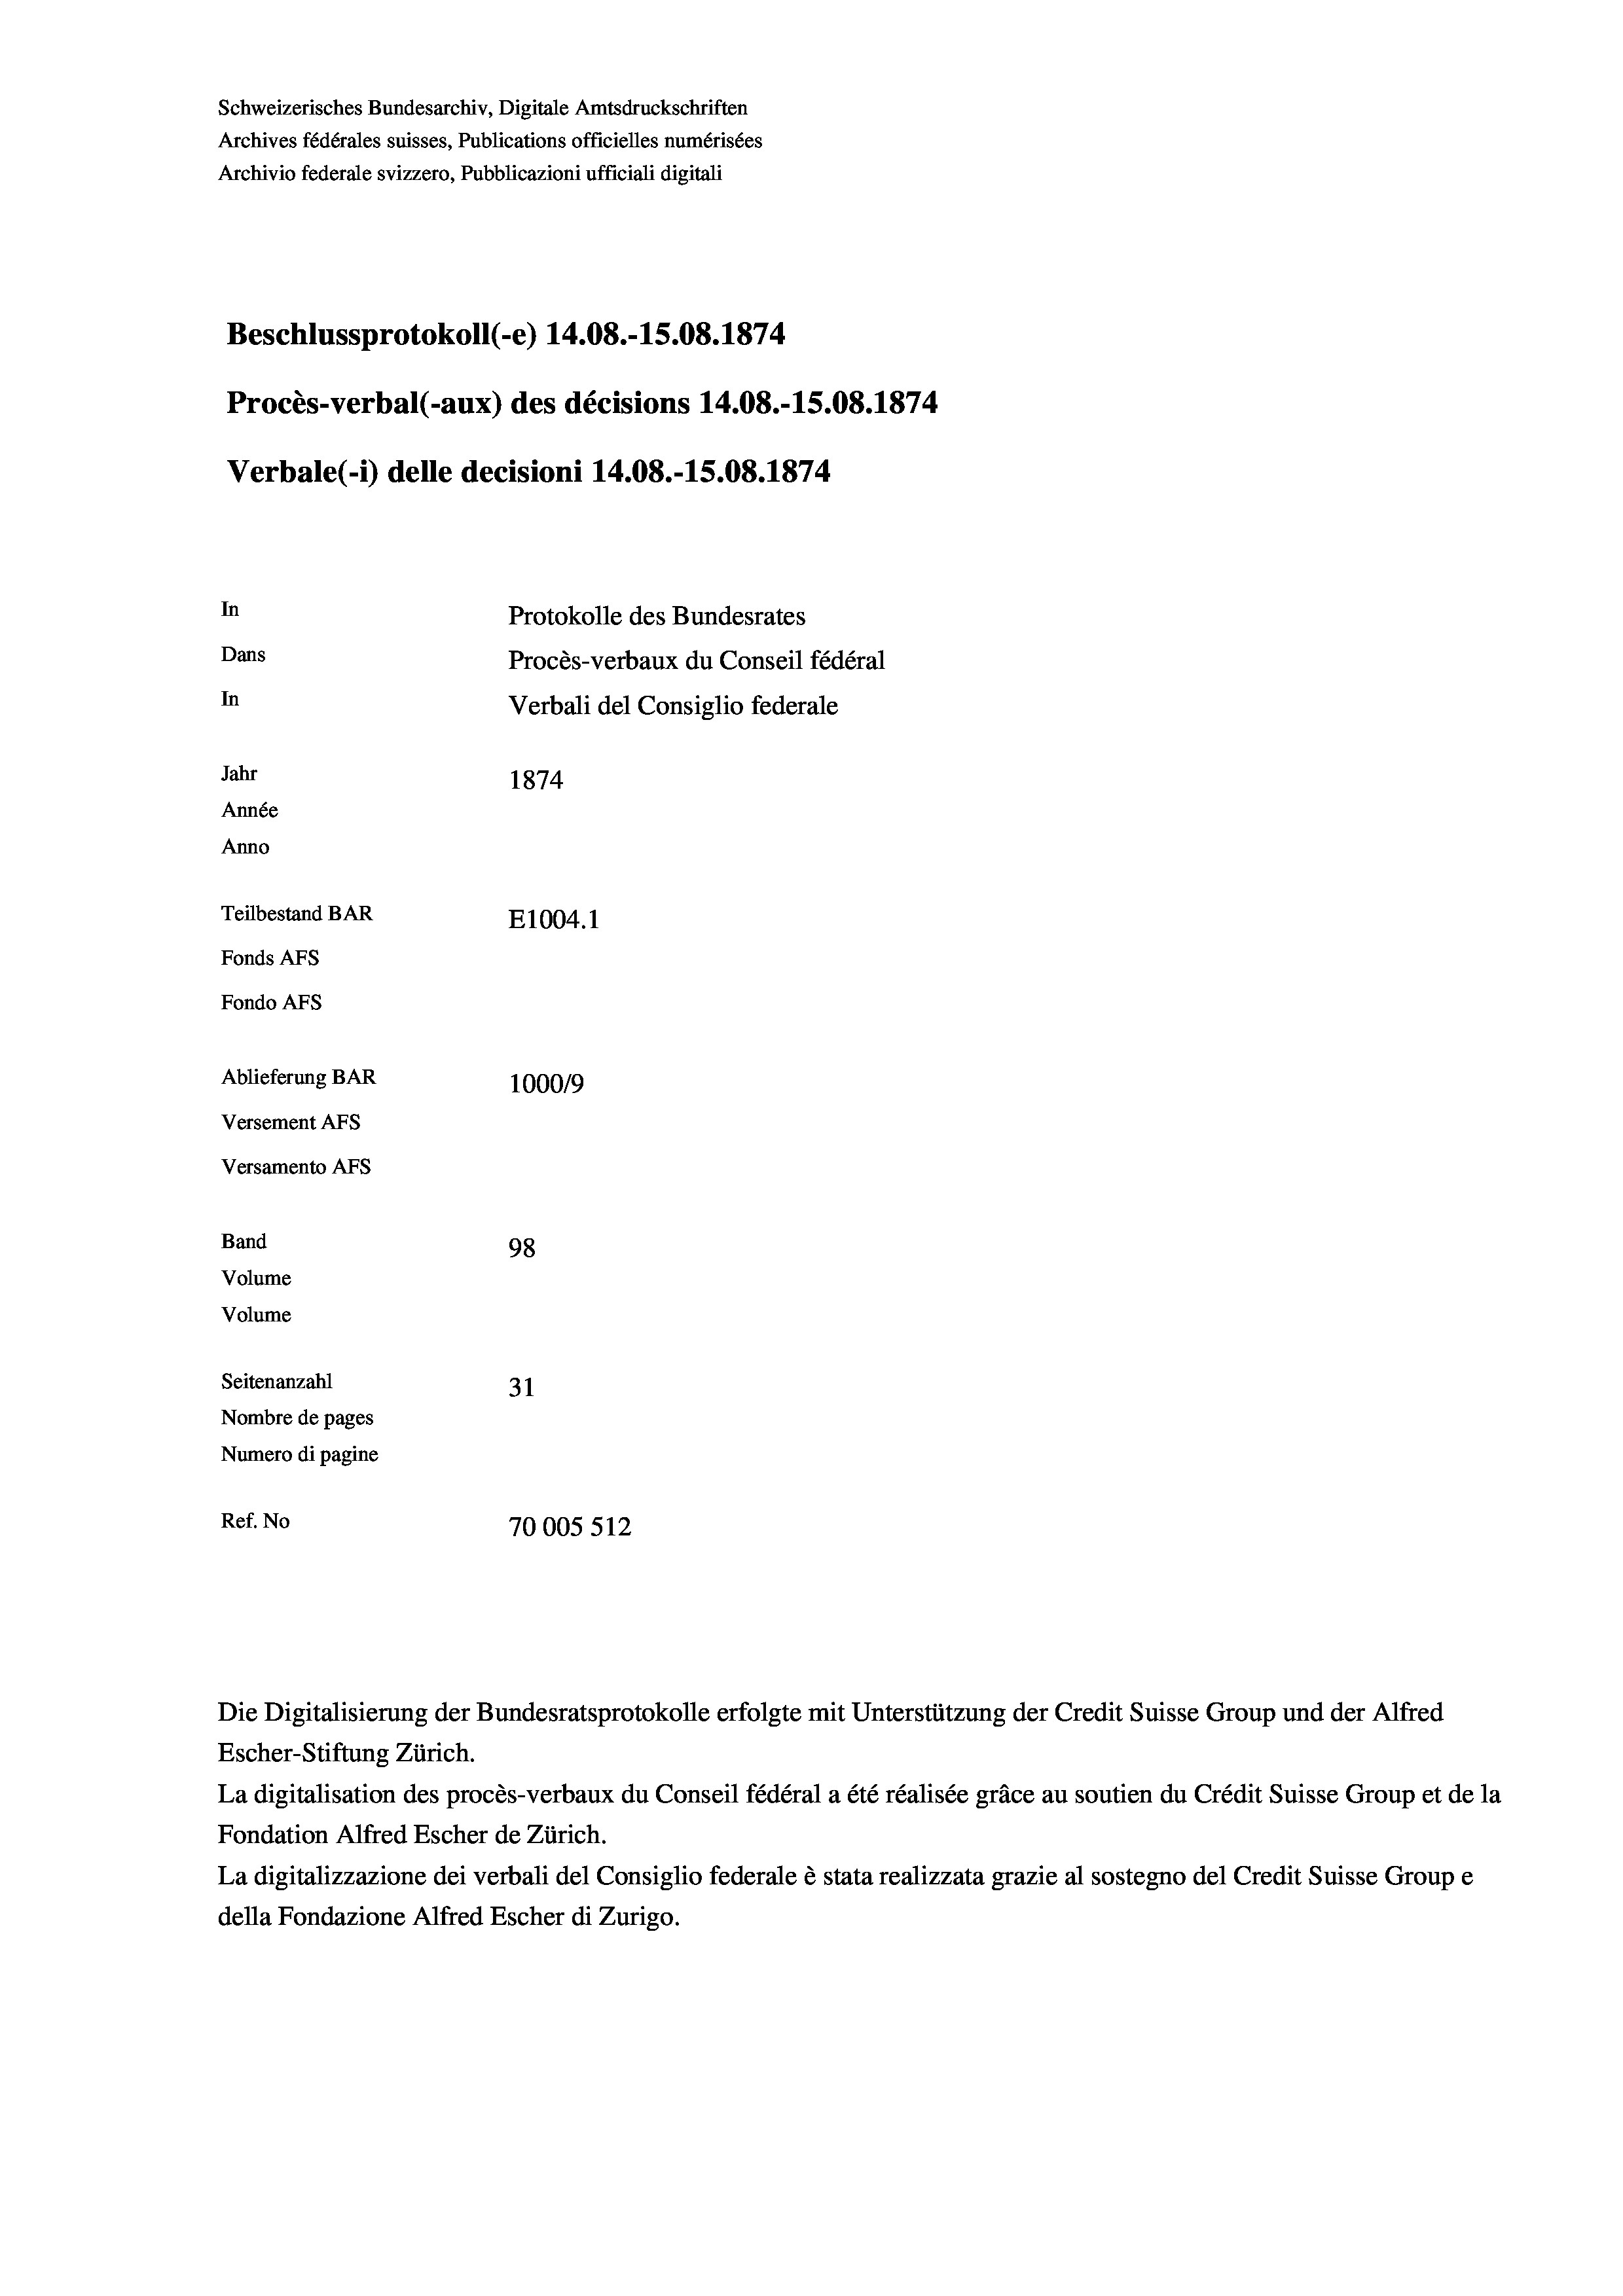
Schweizerisches Bundesarchiv, Digitale Amtsdruckschriften
Archives fédérales suisses, Publications officielles numérisées
Archivio federale svizzero, Pubblicazioni ufficiali digitali
Beschlussprotokoll (-e) 14.08.-15.08. 1874
Procès-verbal (-aux) des décisions 14.08.-15.08.1874
Verbale(-*) delle decisioni 14.08.-15.08. 1874
In
Protokolle des Bundesrates
Dans
Procès-verbaux du Conseil fédéral
In
Verbali del Consiglio federale
Jahr
1874
Année
Anno
Teilbestand BAR
E1004. 1
Fonds AFs
Fondo AFS
Ablieferung BAR
1000/9
Versement AFs
Versamento AFs
Band
98
Volume
Volume

Seitenanzahl
31
Nombre de pages
Numero di pagine
Ref. No
70005 512

Die Digitalisierung der Bundesratsprotokolle erfolgte mit Unterstützung der Credit Suisse Group und der Alfred
Escher-Stiftung Zürich.
La digitalisation des procès-verbaux du Conseil fédéral a été réalisée gräce au soutien du Crédit Suisse Group et de la
Fondation Alfred Escher de Zürich.
La digitalizzazione dei verbali del Consiglio federale è stata realizzata grazie al sostegno del Credit Suisse Groupe
della Fondazione Alfred Escher di Zurigo.